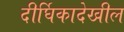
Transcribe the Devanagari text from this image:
दीर्घिकादेखील